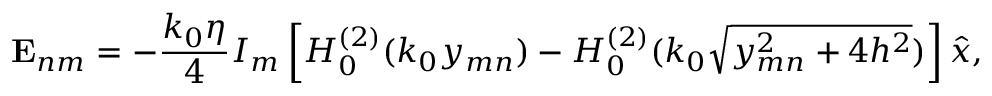
\mathbf { E } _ { n m } = - \frac { k _ { 0 } \eta } { 4 } I _ { m } \left[ H _ { 0 } ^ { ( 2 ) } ( k _ { 0 } y _ { m n } ) - H _ { 0 } ^ { ( 2 ) } ( k _ { 0 } \sqrt { y _ { m n } ^ { 2 } + 4 h ^ { 2 } } ) \right] \hat { x } ,